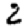
Digit: 2